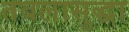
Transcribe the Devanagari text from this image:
तबलासुद्धा